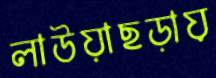
লাউয়াছড়ায়